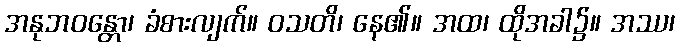
အနုဘဝန္တော၊ ခံစားလျက်။ ဝသတိ၊ နေ၏။ အထ၊ ထိုအခါ၌။ အဿ၊